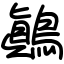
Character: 鷆